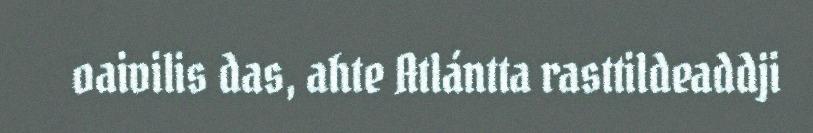
oaivilis das, ahte Atlántta rasttildeaddji